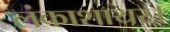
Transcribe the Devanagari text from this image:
लंकाशायर।